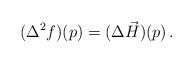
LaTeX: \begin{align*}(\Delta^2 f)(p) = (\Delta \vec{H})(p)\,.\end{align*}